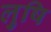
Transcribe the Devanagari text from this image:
लुषि